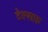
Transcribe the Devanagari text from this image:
टेल्सफ़